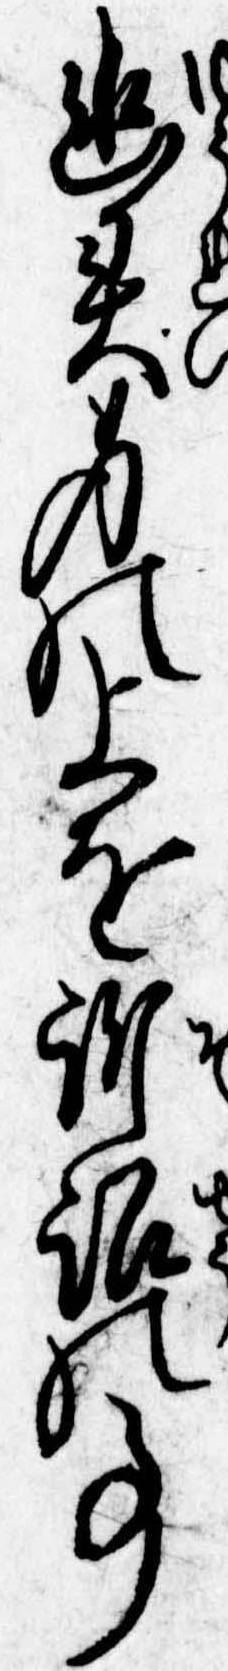
幽身の上を訴訟の事